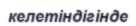
келетіндігінде